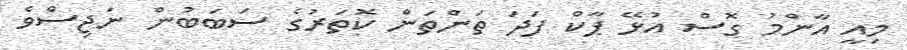
މިއީ އާންމު ގޮސް އުޅޭ ޕާކް ފަދަ ތަންތަން ކޮތަރުގެ ސަބަބުން ނަޖިސްވެ